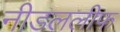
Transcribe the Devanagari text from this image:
नीडललीफ